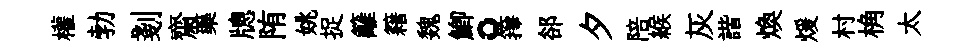
權勃剗齋藥牕陏姚捉籬籍魏鯽。籜郤夕陪緱灰諧煥煖村桷太